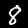
Label: 8